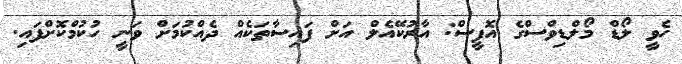
ހެވީ ލޯޑް މޯލްޑިވްސްގެ އޮފީސް: އާރުކޭއެލް އަށް ފައިސާތަކެއް ދެއްކުމަށް ވަނީ ހުކުމްކޮށްފައި.